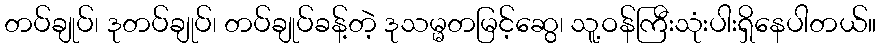
တပ်ချုပ်၊ ဒုတပ်ချုပ်၊ တပ်ချုပ်ခန့်တဲ့ ဒုသမ္မတမြင့်ဆွေ၊ သူ့ဝန်ကြီးသုံးပါးရှိနေပါတယ်။